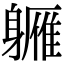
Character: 軅